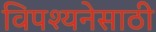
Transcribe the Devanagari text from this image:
विपश्यनेसाठी